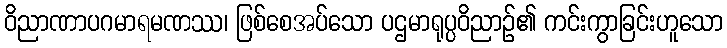
ဝိညာဏာပဂမာရမဏဿ၊ ဖြစ်စေအပ်သော ပဌမာရုပ္ပဝိညာဉ်၏ ကင်းကွာခြင်းဟူသော